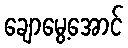
ချောမွေ့အောင်